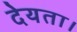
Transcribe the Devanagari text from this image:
देयता।